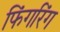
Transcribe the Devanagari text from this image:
फिंगरिंग